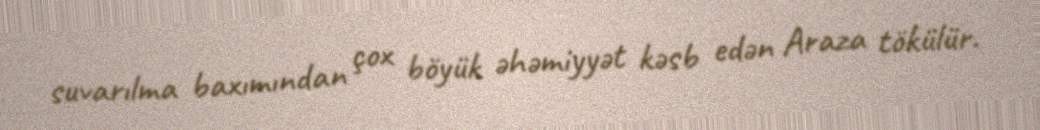
suvarılma baxımından çox böyük əhəmiyyət kəsb edən Araza tökülür.